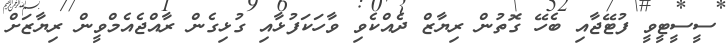
ސީސީޓީވީ ފުޓޭޖާއި ބެހޭ ގޮތުން ރިޔާޒް ދެއްކެވި ވާހަކަފުޅާއި ގުޅިގެން ރާއްޖެއެމްވީން ރިޔާޒަށް